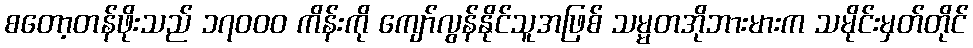
စတော့တန်ဖိုးသည် ၁၇၀၀၀ ကိန်းကို ကျော်လွန်နိုင်သူအဖြစ် သမ္မတအိုဘားမားက သမိုင်းမှတ်တိုင်